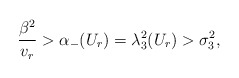
\begin{align*}\frac{\beta^2}{v_r}>\alpha_-(U_r)=\lambda_{3}^2(U_r)>\sigma_3^2,\end{align*}